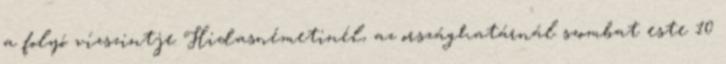
a folyó vízszintje Hidasnémetinél, az országhatárnál szombat este 10